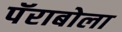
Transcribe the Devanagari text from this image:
पॅराबोला